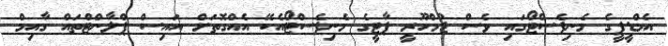
އެމްޑީޕީގެ މެނިފެސްޓޯގައި ވެސް ޖުމްހޫރީ ޕާޓީގެ މެނިފެސްޓޯއެކޭ އެއްގޮތަށް އައިސް ޕްލާންޓްތައް ގާއިމް